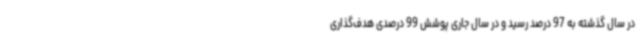
در سال گذشته به 97 درصد رسید و در سال جاری پوشش 99 درصدی هدف‌گذاری